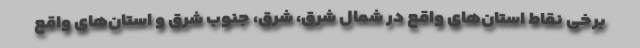
برخی نقاط استان‌های واقع در شمال شرق، شرق، جنوب شرق و استان‌های واقع